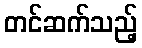
တင်ဆက်သည့်